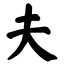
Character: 夫